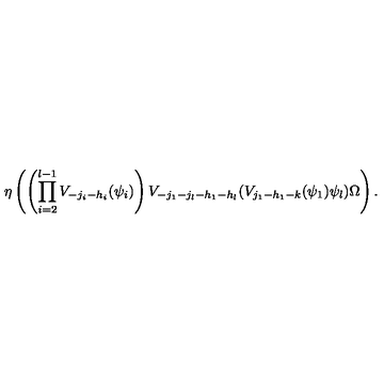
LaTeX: \eta \left( \left( \prod _ { i = 2 } ^ { l - 1 } V _ { - j _ { i } - h _ { i } } ( \psi _ { i } ) \right) V _ { - j _ { 1 } - j _ { l } - h _ { 1 } - h _ { l } } ( V _ { j _ { 1 } - h _ { 1 } - k } ( \psi _ { 1 } ) \psi _ { l } ) \Omega \right) .